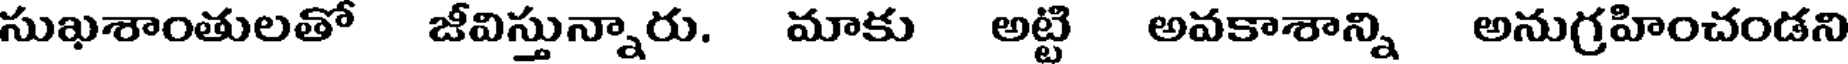
సుఖశాంతులతో జీవిస్తున్నారు. మాకు అట్టి అవకాశాన్ని అనుగ్రహించండని